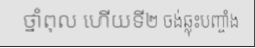
ថ្នាំពុល ហើយទី២ ចង់ឆ្លុះបញ្ចាំង